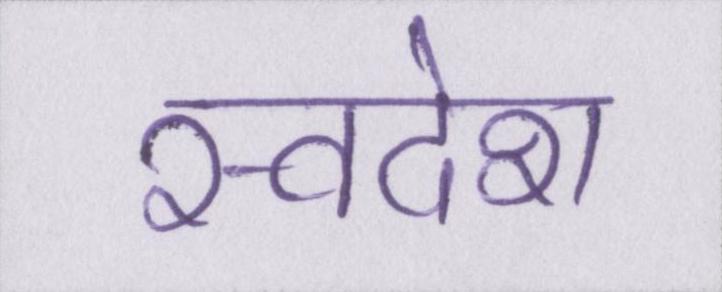
स्वदेश